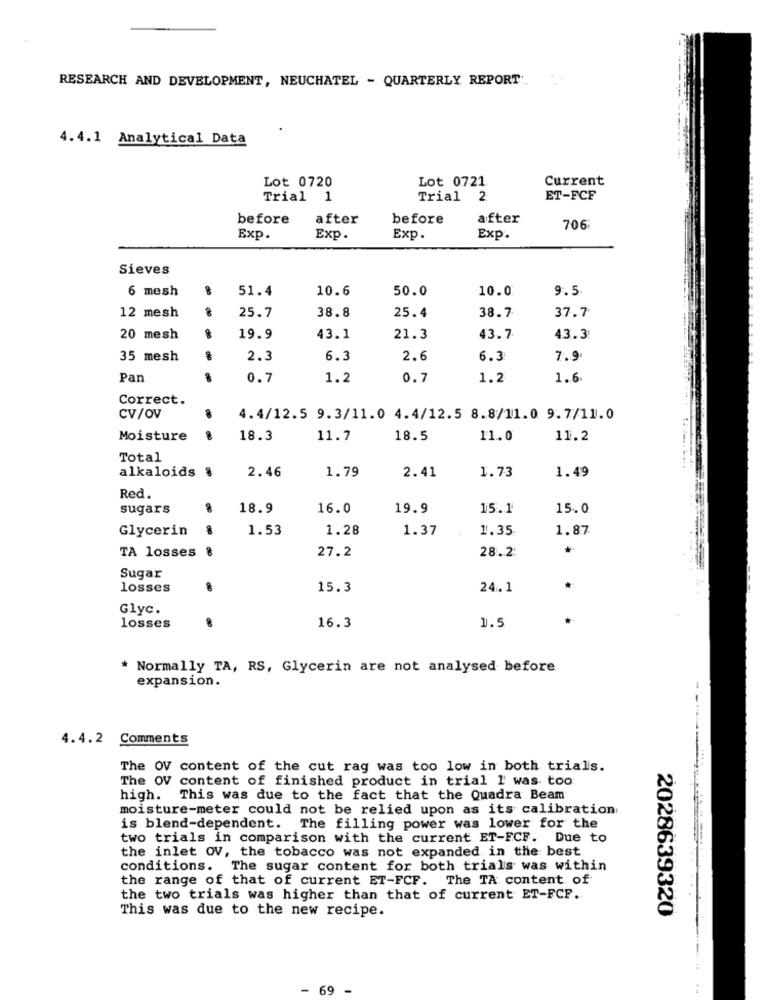
RESEARCH AND DEVELOPMENT, NEUCHATEL - QUARTERLY REPORT ...
4.4.1 Analytical Data
Lot 0720
Lot 0721
Current
Trial 1
Trial 2:
ET-FCF
before
after
before
after
706:
Exp.
Exp.
Exp.
Exp.
Sieves
6 mesh
51.4
10.6
50.0
10.0
9.5
12 mesh
38.8
37.7
25.7
25.4
38.7
20 mesh
19.9
43.1
21.3
43.7
43.3
35 mesh
2.3
6.3
2.6
6.3
7.9
Pan
0.7
1.2
0.7
1.2
1.6
Correct.
CV/OV
4.4/12.5 9.3/11.0 4.4/12.5 8.8/11.0 9.7/11.0
Moisture
18.3
11.7
18.5
11.0
11.2
Total
alkaloids %
2.46
1.79
1.49
2.41
1.73
Red.
sugars
18.9
16.0
19.9
15.1
15.0
Glycerin
1.53
1.28
1.37
1.35
1.87
TA losses
27.2
28.2:
Sugar
---
losses
15.3
24.1
Glyc.
16.3
1.5
losses
* Normally TA, RS, Glycerin are not analysed before
expansion.
4.4.2 Comments
The OV content of the cut rag was too low in both trials.
The OV content of finished product in trial I was too
high. This was due to the fact that the Quadra Beam
moisture-meter could not be relied upon as its calibration
is blend-dependent. The filling power was lower for the
two trials in comparison with the current ET-FCF. Due to
the inlet OV, the tobacco was not expanded in the best
conditions. The sugar content for both trials was within
the range of that of current ET-FCF. The TA content of
the two trials was higher than that of current ET-FCF.
This was due to the new recipe.
2028639320
69